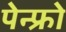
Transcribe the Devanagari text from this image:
पेन्फ्रो